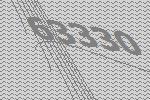
63330